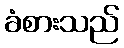
ခံစားသည်